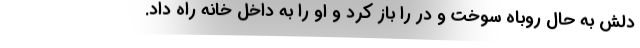
دلش به حال روباه سوخت و در را باز کرد و او را به داخل خانه راه داد.